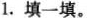
1.填一填。